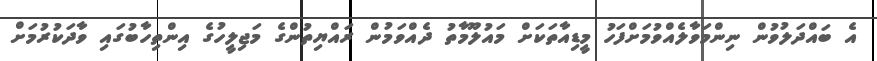
އެ ބައްދަލުވުން ނިންމަވާލެއްވުމަށްފަހު މީޑިއާތަކަށް މައުލޫމާތު ދެއްވަމުން ރައްޔިތުންގެ މަޖިލީހުގެ އިންތިހާބުގައި ވާދަކުރުމަށް